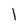
Character: 1